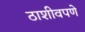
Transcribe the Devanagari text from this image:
ठाशीवपणे